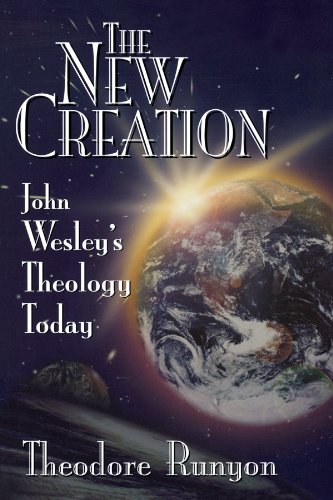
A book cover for The New Creation: John Wesley's Theology Today; Theodore Runyon; Christian Books & Bibles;